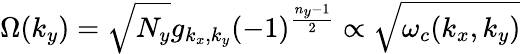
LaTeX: {\Omega}(k_{y})=\sqrt{{N}_{y}}g_{k_{x},k_{y}}(-1)^{\frac{n_{y}-1}{2}}\propto\sqrt{\omega_{c}(k_{x},k_{y})}